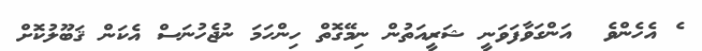
ެ އެހެންވެ  އަންގަވާފަވަނީ ޝަރީއަތުން ނިމޭގޮތް ހިންހަމަ ނުޖެހުނަސް އެކަން ޤަބޫލުކޮށް